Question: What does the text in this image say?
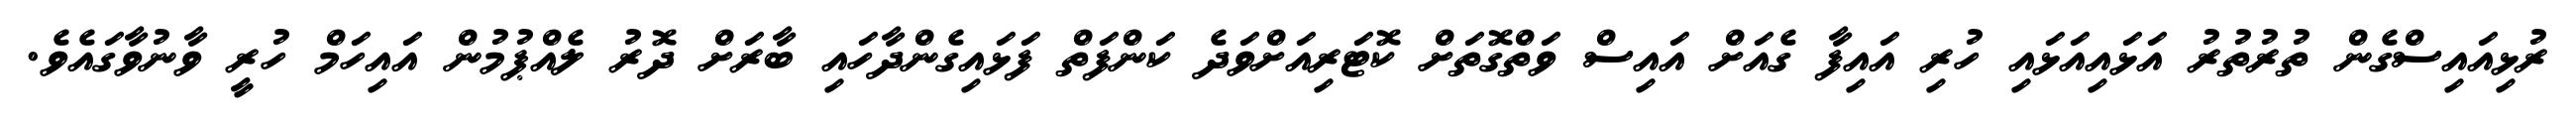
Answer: ރުޅިއައިސްގެން ތުރުތުރު އަޅައިއަޅައި ހުރި އައިފާ ގެއަށް އައިސް ވަތްގޮތަށް ކޮޓަރިއަށްވަދެ ކަންފަތް ފަޅައިގެންދާހައި ބާރަށް ދޮރު ލެއްޕުމުން އައިހަމް ހުރީ ވާނުވާގައެވެ.